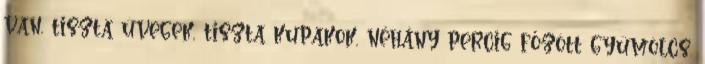
van, tiszta üvegek, tiszta kupakok, néhány percig főzött gyümölcs.